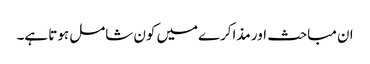
ان مباحث اور مذاکرےمیں کون شامل ہوتا ہے۔